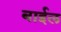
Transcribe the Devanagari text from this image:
बाईल